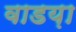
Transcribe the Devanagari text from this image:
वाडय़ा